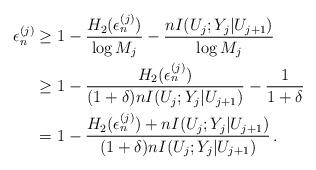
LaTeX: \begin{align*}\epsilon^{(j)}_n &\geq 1 - \frac{H_2(\epsilon_n^{(j)})}{\log M_j} - \frac{nI(U_j;Y_j|U_{j+1})}{\log M_j}\\&\geq 1 - \frac{H_2(\epsilon_n^{(j)})}{(1+\delta)nI(U_j;Y_j|U_{j+1})} - \frac{1}{1+\delta}\\&=1- \frac{H_2(\epsilon_n^{(j)})+nI(U_j;Y_j|U_{j+1})}{(1+\delta)nI(U_j;Y_j|U_{j+1})}\,.\end{align*}